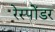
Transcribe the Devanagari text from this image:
रेस्पोंडर